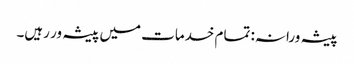
پیشہ ورانہ: تمام خدمات میں پیشہ ور رہیں۔